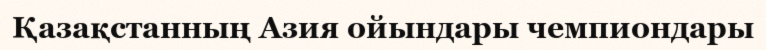
Қазақстанның Азия ойындары чемпиондары